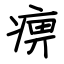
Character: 痹